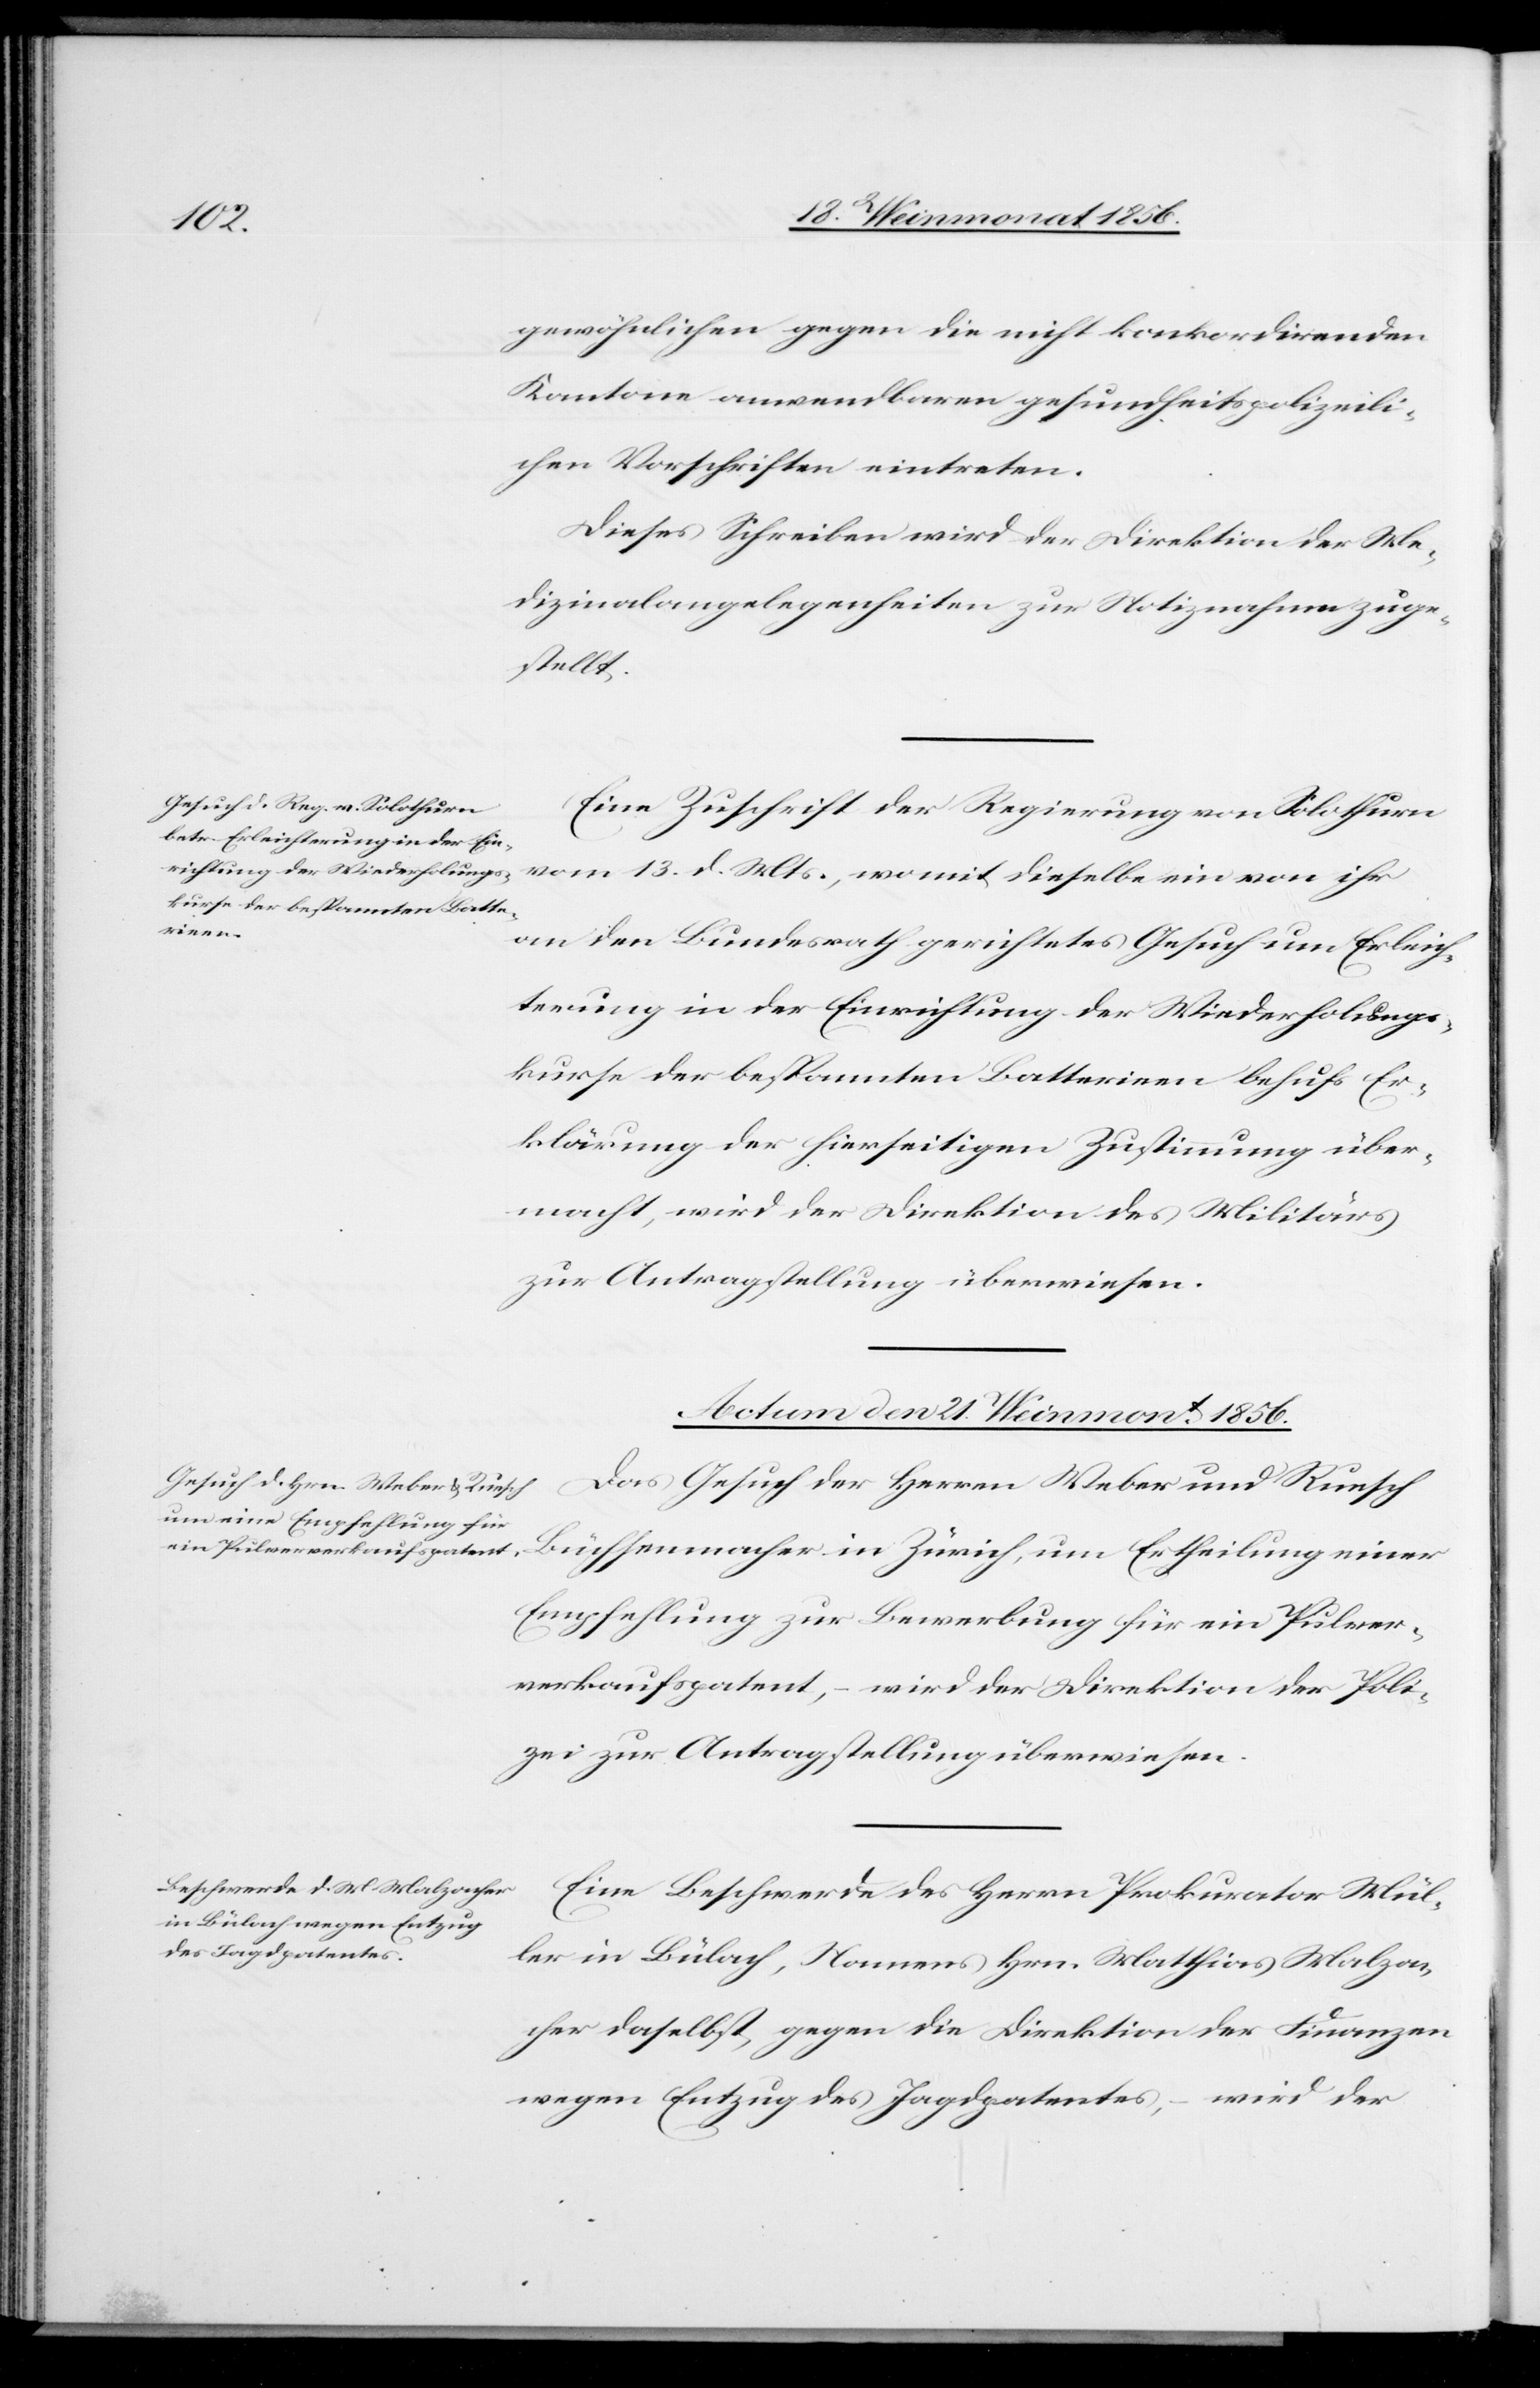
gewöhnlichen gegen die nicht konkordirenden
Kantone anwendbaren gesundheitspolizeili¬
chen Vorschriften eintreten.
Dieses Schreiben wird der Direktion der Me¬
dizinalangelegenheiten zur Notiznahme zuge¬
stellt.
Eine Zuschrift der Regierung von Solothurn
vom 13. d. Mts., womit dieselbe ein von ihr
an den Bundesrath gerichtetes Gesuch um Erleich¬
terung in der Einrichtung der Wiederholungs¬
kurse der bespannten Batterieen behufs Er¬
klärung der hierseitigen Zustimmung über¬
macht, wird der Direktion des Militärs
zur Antragstellung überwiesen.
Actum den 21. Weinmont 1856.]
Das Gesuch der Herren Weber und Ruesch
Büchsenmacher in Zürich, um Ertheilung einer
Empfehlung zur Bewerbung für ein Pulver¬
verkaufspatent, – wird der Direktion der Poli¬
zei zur Antragstellung überwiesen.
Eine Beschwerde des Herrn Prokurator Mül¬
ler in Bülach, Namens Hrn. Matthias Malza¬
cher daselbst, gegen die Direktion der Finanzen
wegen Entzug des Jagdpatentes, – wird der